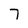
Character: 7